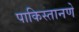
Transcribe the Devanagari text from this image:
पाकिस्तानणे